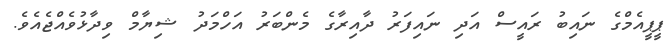
ޕީޕީއެމްގެ ނައިބު ރައީސް އަދި ނައިފަރު ދާއިރާގެ މެންބަރު އަހްމަދު ޝިޔާމް ވިދާޅުވެއްޖެއެވެ.